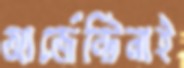
আর্জেন্টিনাই